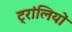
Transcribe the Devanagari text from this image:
ट्रांलियों